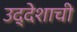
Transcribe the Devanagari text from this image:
उद्देशाची